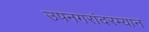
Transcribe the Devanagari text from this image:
उपनगरांदरम्यान